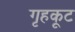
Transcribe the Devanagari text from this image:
गृहकूट